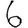
Digit: 6